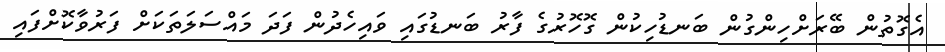
އެގޮތުން ބޭރަށްހިންގުން ބަނޑުހިކުން ގޮހޮރުގެ ފާރު ބަނޑުގައި ވައިހެދުން ފަދަ މައްސަލަތަކަށް ފަރުވާކޮށްފައި